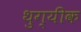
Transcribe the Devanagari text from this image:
थुग्यीक